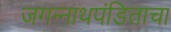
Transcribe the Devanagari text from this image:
जगन्‍नाथपंडिताचा